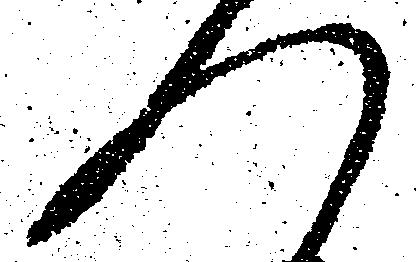
つ